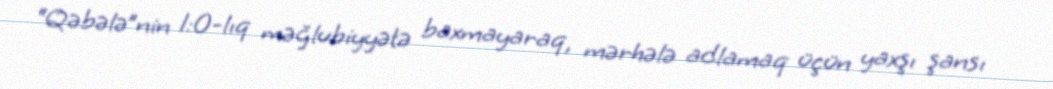
“Qəbələ”nin 1:0-lıq məğlubiyyətə baxmayaraq, mərhələ adlamaq üçün yaxşı şansı